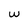
Character: w